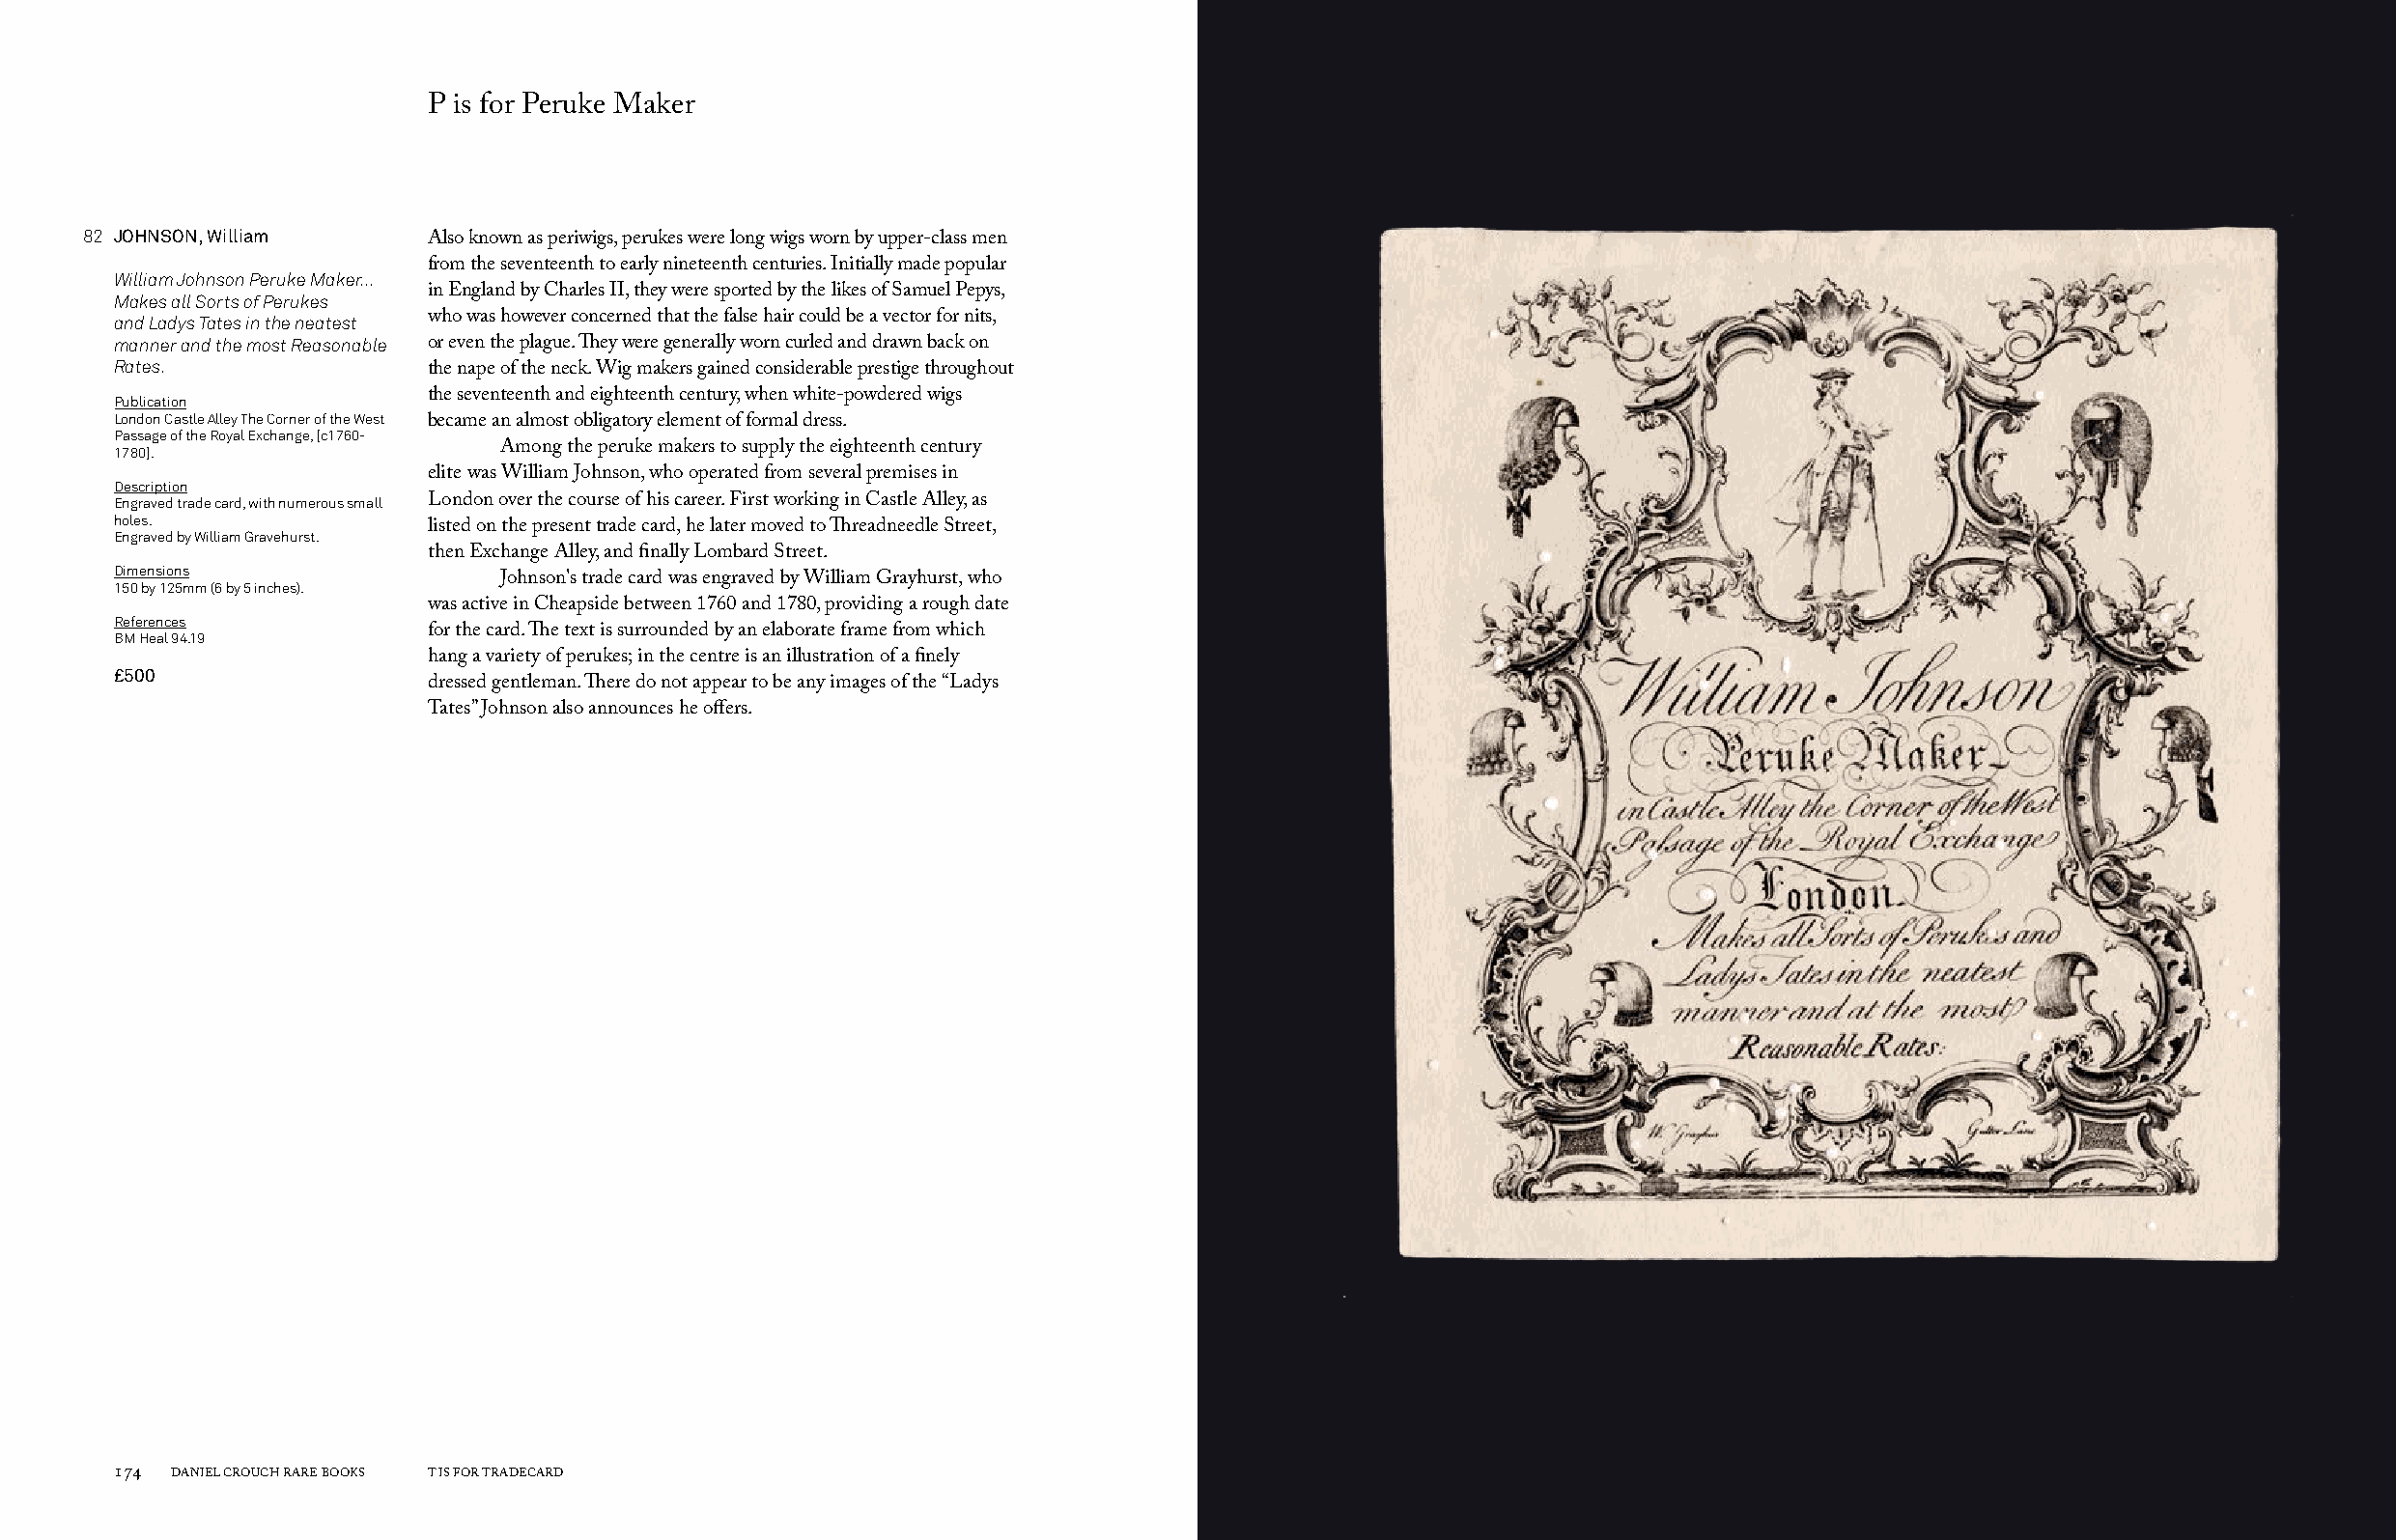
P is for Peruke Maker
 82 JOHNSON, William
 Also known as periwigs, perukes were long wigs worn by upper-class men
 from the seventeenth to early nineteenth centuries. Initially made popular
 William Johnson Peruke Maker...
 Makes all Sorts of Perukes in England by Charles II, they were sported by the likes of Samuel Pepys,
 and Ladys Tates in the neatest who was however concerned that the false hair could be a vector for nits,
 manner and the most Reasonable or even the plague. They were generally worn curled and drawn back on
 Rates.
 the nape of the neck. Wig makers gained considerable prestige throughout
 Publication          the seventeenth and eighteenth century, when white-powdered wigs
 London Castle Alley The Corner of the West
 became an almost obligatory element of formal dress.
 Passage of the Royal Exchange, [c1760-
 1780].                    Among the peruke makers to supply the eighteenth century
 elite was William Johnson, who operated from several premises in
 Description
 Engraved trade card, with numerous small London over the course of his career. First working in Castle Alley, as
 holes.
 listed on the present trade card, he later moved to Threadneedle Street,
 Engraved by William Gravehurst.
 then Exchange Alley, and finally Lombard Street.
 Dimensions
 150 by 125mm (6 by 5 inches). Johnson's trade card was engraved by William Grayhurst, who
 was active in Cheapside between 1760 and 1780, providing a rough date
 References
 BM Heal 94.19        for the card. The text is surrounded by an elaborate frame from which
 hang a variety of perukes; in the centre is an illustration of a finely
 £500
 dressed gentleman. There do not appear to be any images of the “Ladys
 Tates” Johnson also announces he offers.
 174 DANIEL CROUCH RARE BOOKS T IS FOR TRADECARD                                                                       T IS FOR TRADECARD DANIEL CROUCH RARE BOOKS 175